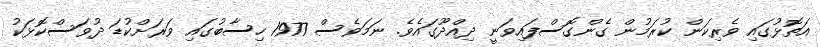
އަތޮޅުގައި ވެރިކަން ކުރަމުން ގެންގޮސްފައިވަނީ ދިއްދޫގައެވެ. ނަމަވެސް 1977 ހިސާބުގައި ވަރަށްކުޑަ ދުވަސްކޮޅަކު